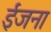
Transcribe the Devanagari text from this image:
ईजना